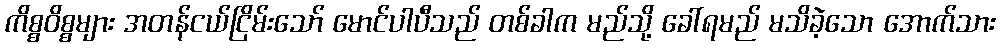
ကိစ္စဝိစ္စများ အတန်ငယ်ငြိမ်းသော် မောင်ပါပီသည် တစ်ခါက မည်သို့ ခေါ်ရမည် မသိခဲ့သော အောက်သား